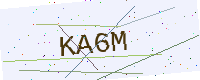
Text: KA6M